Indian journal of veterinary science and animal husbandry - Volumes 22-23, 1952-1953
Year: 1952
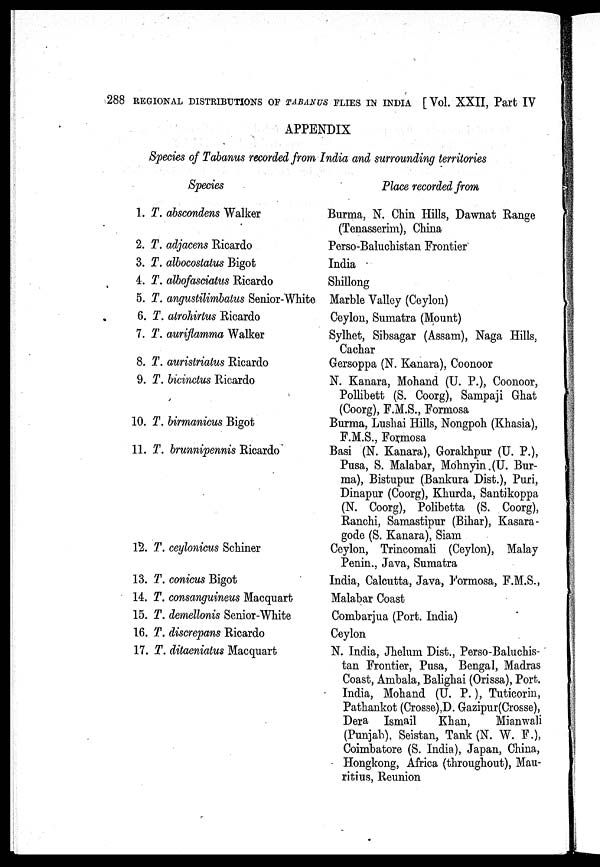
288 REGIONAL DISTRIBUTIONS OF TABANUS FLIES IN INDIA [Vol. XXII, Part IV
APPENDIX
Species of Tabanus recorded from India and surrounding territories
Species
1. T. abscondens Walker
2. T. adjacens Ricardo
3. T. albocostatus Bigot
4. T. albofasciatus Ricardo
5. T. angustilimbatus Senior-White
6. T. atrohirtus Ricardo
7. T. auriflamma Walker
8. T. auristriatus Ricardo
9. T. bicinctus Ricardo
10. T. birmanicus Bigot
11. T. brunnipennis Ricardo
12. T. ceylonicus Schiner
13. T. conicus Bigot
14. T. consanguineus Macquart
15. T. demellonis Senior-White
16. T. discrepans Ricardo
17. T. ditaeniatus Macquart
Place recorded from
Burma, N. Chin Hills, Dawnat Range
(Tenasserim), China
Perso-Baluchistan Frontier
India
Shillong
Marble Valley (Ceylon)
Ceylon, Sumatra (Mount)
Sylhet, Sibsagar (Assam), Naga Hills.
Cachar
Gersoppa (N. Kanara), Coonoor
N. Kanara, Mohand (U. P.), Coonoor,
Pollibett (S. Coorg), Sampaji Ghat
(Coorg), F.M.S., Formosa
Burma, Lushai Hills, Nongpoh (Khasia),
F.M.S., Formosa
Basi (N. Kanara), Gorakhpur (U. P.),
Pusa, S. Malabar, Mbhnyin.(U. Bur-
ma), Bistupur (Bankura Dist.), Puri,
Dinapur (Coorg), Khurda, Santikoppa
(N. Coorg), Polibetta (S. Coorg),
Ranchi, Samastipur (Bihar), Kasara-
gode (S. Kanara), Siam
Ceylon, Trincomali (Ceylon), Malay
Penin., Java, Sumatra
India, Calcutta, Java, Formosa, F.M.S.,
Malabar Coast
Combarjua (Port. India)
Ceylon
N. India, Jhelum Dist., Perso-Baluchis-
tan Frontier, Pusa, Bengal, Madras
Coast, Ambala, Balighai (Orissa), Port.
India, Mohand (U. P.), Tuticorin,
Pathankot (Crosse),D. Gazipur(Crosse),
Dera Ismail
Khan,
Mianwali
(Punjab), Seistan, Tank (N. W. F.),
Coimbatore (S. India), Japan, China,
Hongkong, Africa (throughout), Mau-
ritius, Reunion